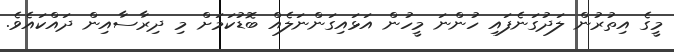
މީގެ އިތުރުން ލަދުގަނެފައި ހުންނަ މީހުން އަޅައިގަންނަލެއް ބޮޑުކަމަށް މި ދިރާސާއިން ދައްކައެވެ.